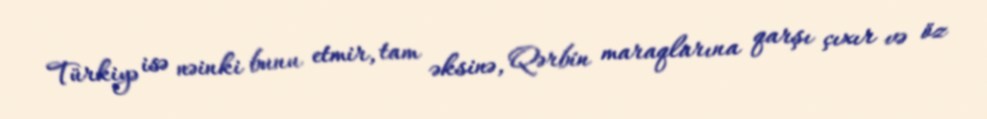
Türkiyə isə nəinki bunu etmir, tam əksinə, Qərbin maraqlarına qarşı çıxır və öz